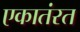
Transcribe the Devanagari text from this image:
एकातंरत